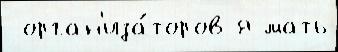
 орган'иза́торов я мать